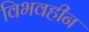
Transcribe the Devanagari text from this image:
विभवहीन